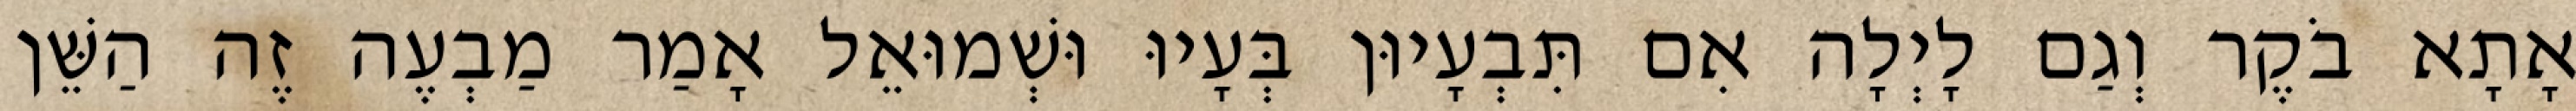
אָתָא בֹקֶר וְגַם לָיְלָה אִם תִּבְעָיוּן בְּעָיוּ וּשְׁמוּאֵל אָמַר מַבְעֶה זֶה הַשֵּׁן